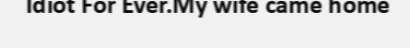
Idiot For Ever.My wife came home